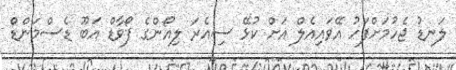
ލަނޑު ޖެހުމަށްފަހު އޭވައިއެލް އަށް ކުޅޭ ސިއެރަ ލިއޯންގެ ފޯވާޑް އަބޫ ޑެސްމަންޑް